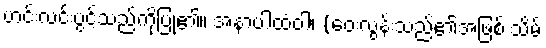
ဟင်းလင်းပွင့်သည်ကိုပြု၏။ အနာပါထံဝါ၊ (ဝေးလွန်းသည်၏အဖြစ် သိမ်